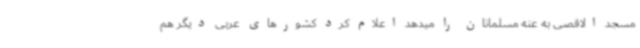
مسجد الاقصی به عنه مسلمانان را میدهد اعلام کرد کشورهای عربی دیگر هم